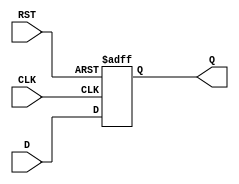
module IntermediateRegister (
    input wire D,         // Data input
    input wire CLK,       // Clock input
    input wire RST,       // Reset input
    output reg Q          // Data output
);

// Asynchronous reset and clock edge-triggered data capture
always @(posedge CLK or posedge RST) begin
    if (RST) begin
        Q <= 1'b0;       // Reset output to 0
    end else begin
        Q <= D;          // Capture data on clock edge
    end
end

endmodule